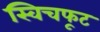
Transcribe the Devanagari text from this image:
स्विचफूट